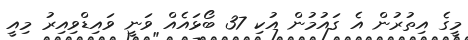
މީގެ އިތުރުން އެ ގައުމުން އުކި 37 ބޯޅައެއް ވަނީ ވައިޑްވިއިރު މިއީ